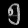
Digit: ၅